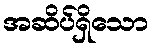
အဆိပ်ရှိသော